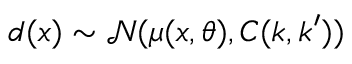
d ( x ) \sim \mathcal { N } ( \mu ( x , \theta ) , C ( k , k ^ { \prime } ) )